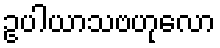
ဥပါယာသဗဟုလော